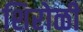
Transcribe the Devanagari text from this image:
शिरोळी